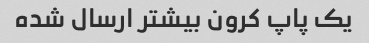
یک پاپ کرون بیشتر ارسال شده